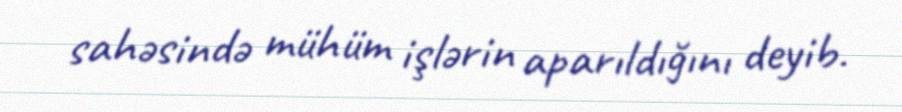
sahəsində mühüm işlərin aparıldığını deyib.